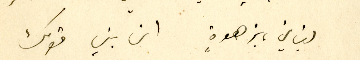
لبناني، بزهوةٍ ان بني قومك